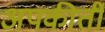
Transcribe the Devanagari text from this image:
अपकीर्ती